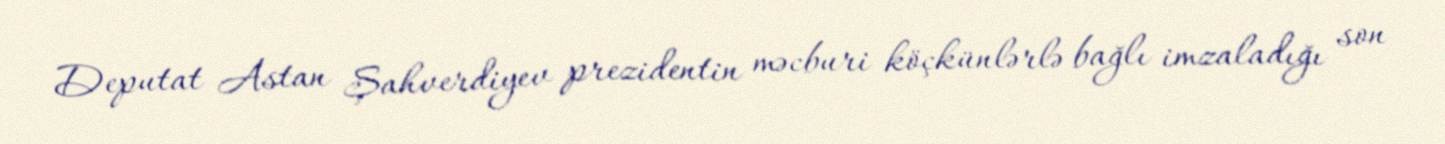
Deputat Astan Şahverdiyev prezidentin məcburi köçkünlərlə bağlı imzaladığı son